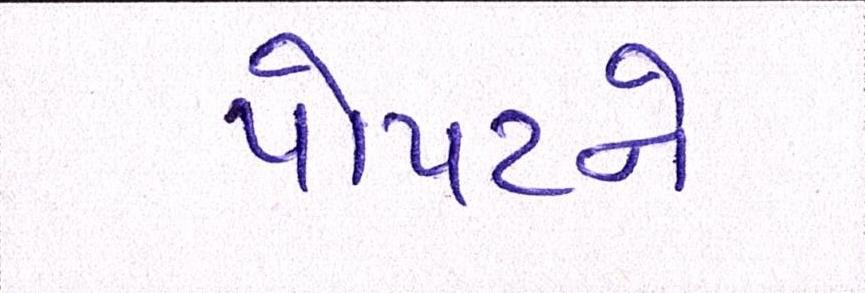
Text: પોપટને